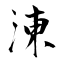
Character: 涷